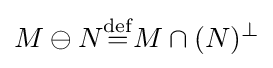
M\ominus N{\stackrel {\mathrm {def} }{=}}M\cap (N)^{\perp }